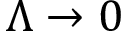
\Lambda \rightarrow 0